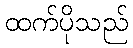
ထက်ပိုသည်